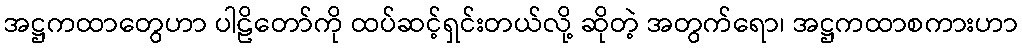
အဋ္ဌကထာတွေဟာ ပါဠိတော်ကို ထပ်ဆင့်ရှင်းတယ်လို့ ဆိုတဲ့ အတွက်ရော၊ အဋ္ဌကထာစကားဟာ